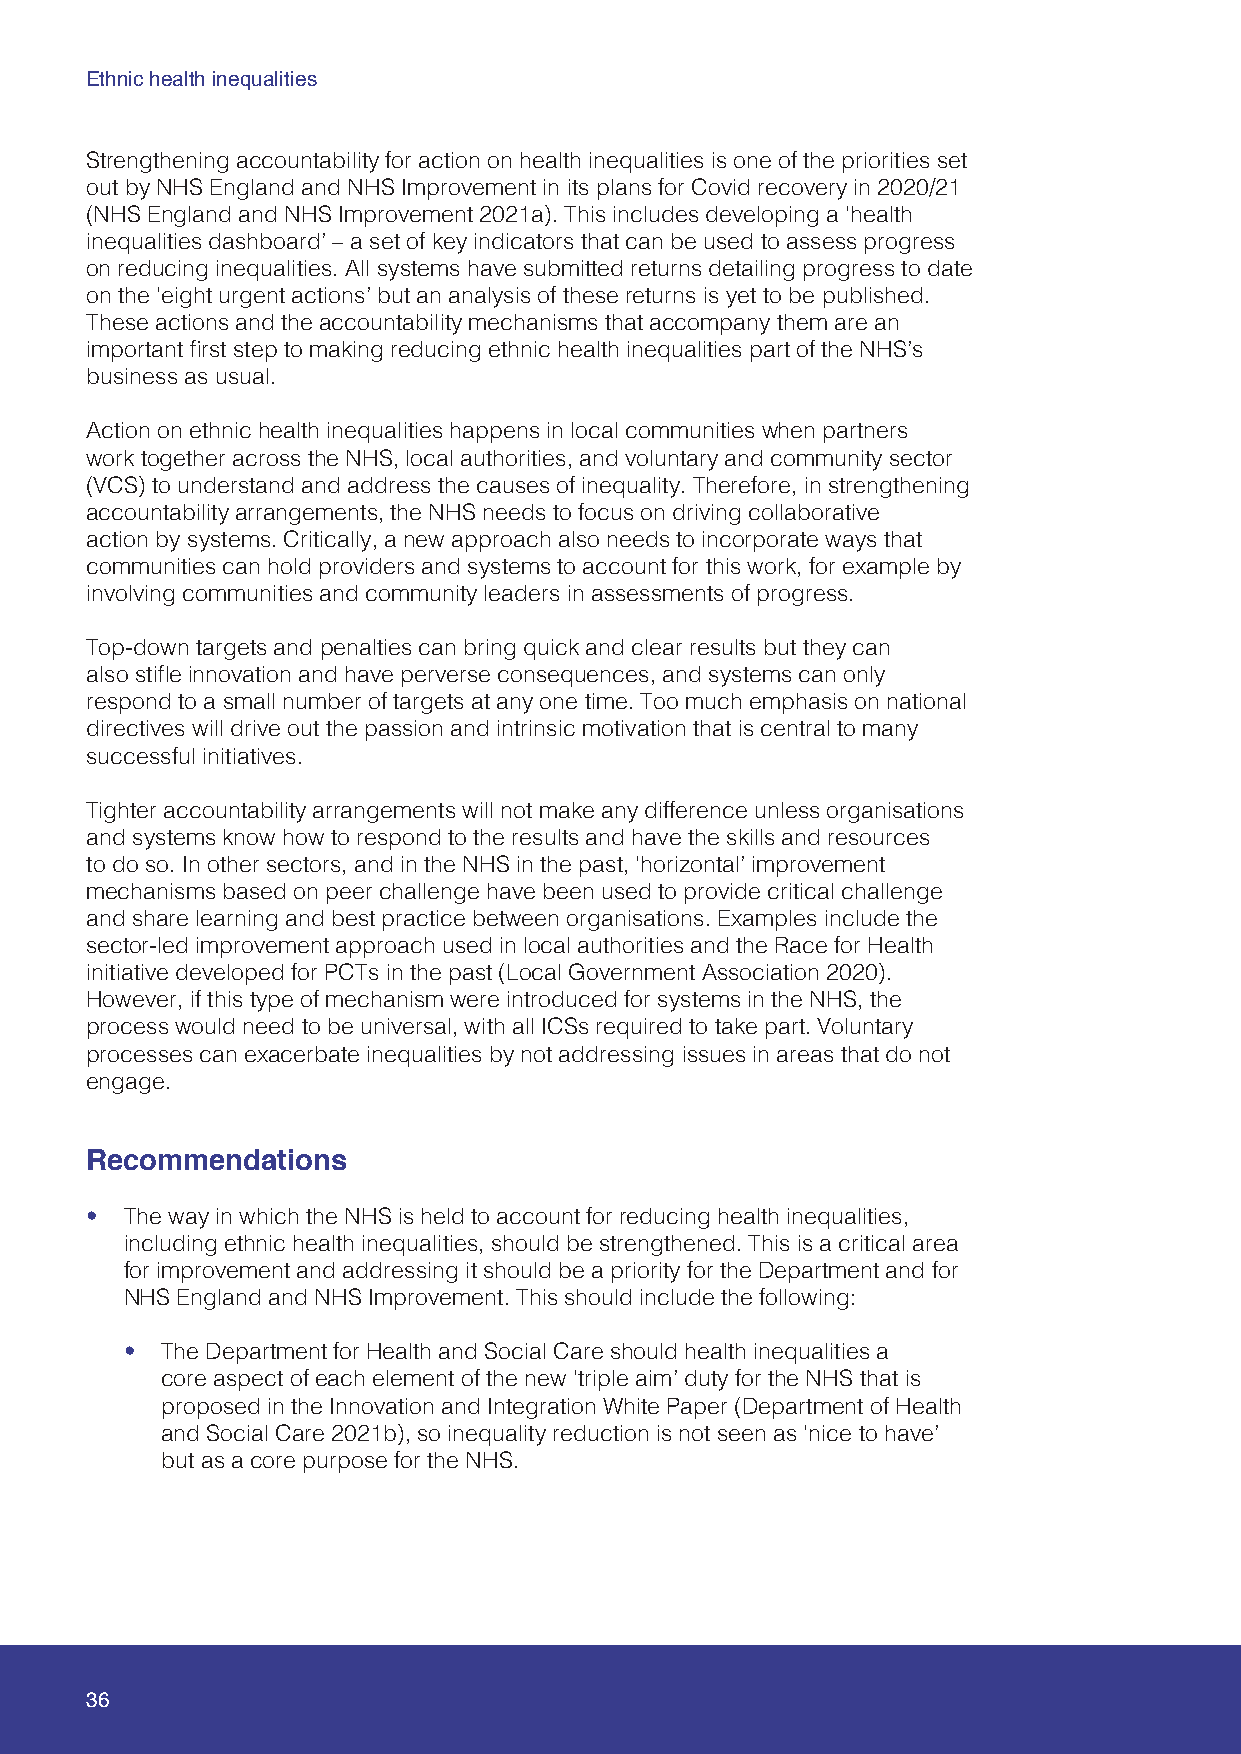
Ethnic health inequalities
 Strengthening accountability for action on health inequalities is one of the priorities set
 out by NHS England and NHS Improvement in its plans for Covid recovery in 2020/21
 (NHS England and NHS Improvement 2021a). This includes developing a ‘health
 inequalities dashboard’ – a set of key indicators that can be used to assess progress
 on reducing inequalities. All systems have submitted returns detailing progress to date
 on the ‘eight urgent actions’ but an analysis of these returns is yet to be published.
 These actions and the accountability mechanisms that accompany them are an
 important first step to making reducing ethnic health inequalities part of the NHS’s
 business as usual.
 Action on ethnic health inequalities happens in local communities when partners
 work together across the NHS, local authorities, and voluntary and community sector
 (VCS) to understand and address the causes of inequality. Therefore, in strengthening
 accountability arrangements, the NHS needs to focus on driving collaborative
 action by systems. Critically, a new approach also needs to incorporate ways that
 communities can hold providers and systems to account for this work, for example by
 involving communities and community leaders in assessments of progress.
 Top-down targets and penalties can bring quick and clear results but they can
 also stifle innovation and have perverse consequences, and systems can only
 respond to a small number of targets at any one time. Too much emphasis on national
 directives will drive out the passion and intrinsic motivation that is central to many
 successful initiatives.
 Tighter accountability arrangements will not make any difference unless organisations
 and systems know how to respond to the results and have the skills and resources
 to do so. In other sectors, and in the NHS in the past, ‘horizontal’ improvement
 mechanisms based on peer challenge have been used to provide critical challenge
 and share learning and best practice between organisations. Examples include the
 sector-led improvement approach used in local authorities and the Race for Health
 initiative developed for PCTs in the past (Local Government Association 2020).
 However, if this type of mechanism were introduced for systems in the NHS, the
 process would need to be universal, with all ICSs required to take part. Voluntary
 processes can exacerbate inequalities by not addressing issues in areas that do not
 engage.
 Recommendations
 • The way in which the NHS is held to account for reducing health inequalities,
 including ethnic health inequalities, should be strengthened. This is a critical area
 for improvement and addressing it should be a priority for the Department and for
 NHS England and NHS Improvement. This should include the following:
 •  The Department for Health and Social Care should health inequalities a
 core aspect of each element of the new ‘triple aim’ duty for the NHS that is
 proposed in the Innovation and Integration White Paper (Department of Health
 and Social Care 2021b), so inequality reduction is not seen as ‘nice to have’
 but as a core purpose for the NHS.
 36